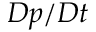
D p / D t